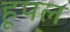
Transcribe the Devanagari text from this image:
हूपल